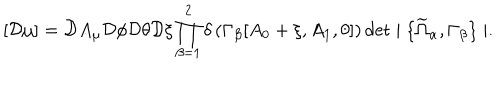
[ { \cal D } \mu ] = { \cal D } A _ { \mu } { \cal D } \phi { \cal D } \theta { \cal D } \xi \prod _ { \beta = 1 } ^ { 2 } \delta \left( \Gamma _ { \beta } [ A _ { 0 } + \xi , A _ { 1 } , \theta ] \right) \det \mid \{ \widetilde { \Omega } _ { \alpha } , \Gamma _ { \beta } \} \mid .